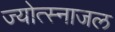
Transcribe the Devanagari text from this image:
ज्योत्स्नाजल